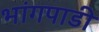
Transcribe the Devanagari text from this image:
भांगपाडी